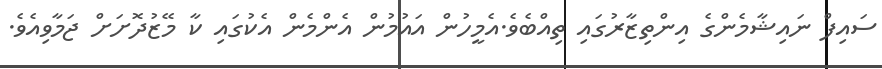
ސައިފް ނައިޝާމެންގެ އިންތިޒާރުގައި ތިއްބެވެ.އެމީހުން އައުމުން އެންމެން އެކުގައި ކާ މޭޒުދޮށަށް ޖަމާވިއެވެ.